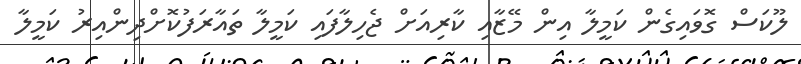
ލޫކަސް ގޮވައިގެން ކަމީލާ އިން މޭޒާއި ކާރިއަށް ޖެހިލާފައި ކަމީލާ ތައާރަފުކޮށްދިންއިރު ކަމީލާ